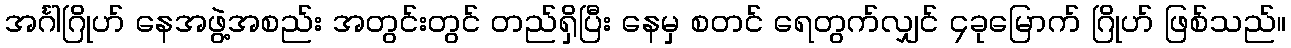
အင်္ဂါဂြိုဟ် နေအဖွဲ့အစည်း အတွင်းတွင် တည်ရှိပြီး နေမှ စတင် ရေတွက်လျှင် ၄ခုမြောက် ဂြိုဟ် ဖြစ်သည်။